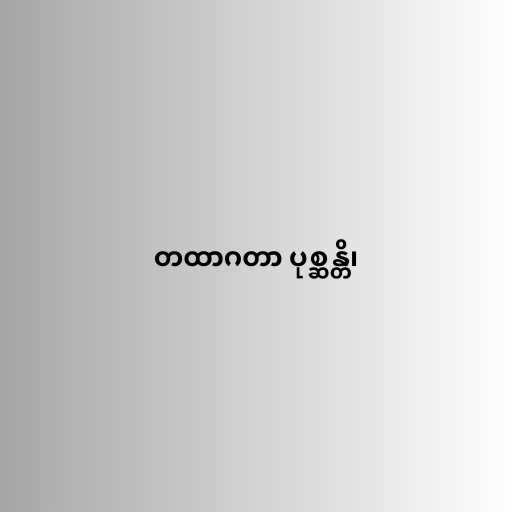
တထာဂတာ ပုစ္ဆန္တိ၊